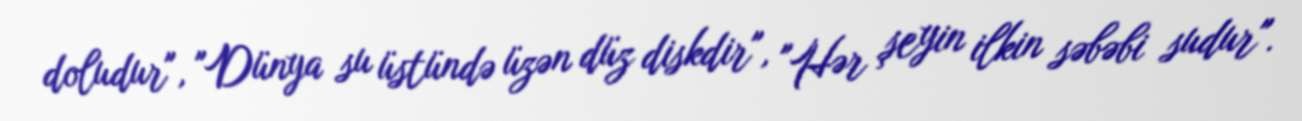
doludur", "Dünya su üstündə üzən düz diskdir", "Hər şeyin ilkin səbəbi sudur".